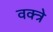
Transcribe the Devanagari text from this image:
वक्त्रे